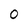
Character: 0